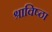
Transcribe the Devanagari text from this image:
श्राविष्ठा